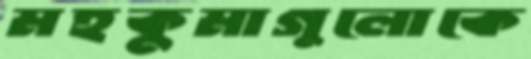
মহকুমাগুলোকে